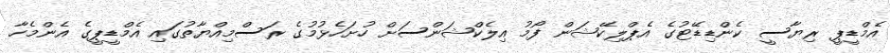
އެމްޑީޕީ ރިޔާސީ ކެންޑިޑޭޓުގެ އެޕްލިކޭޝަން ފޯމު އިލެކްޝަންސަށް ހުށަހެޅުމުގެ ރަސްމިއްޔާތުގައި އެމްޑީޕީގެ އެންމެހާ